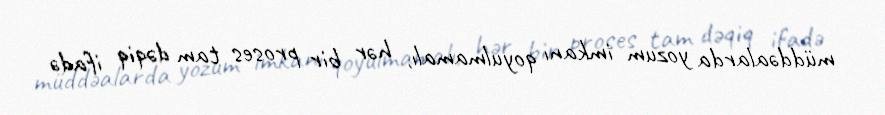
müddəalarda yozum imkanı qoyulmamalı, hər bir proses tam dəqiq ifadə